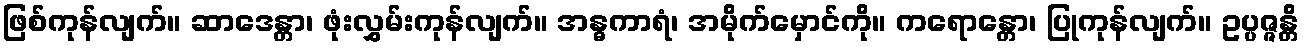
ဖြစ်ကုန်လျက်။ ဆာဒေန္တာ၊ ဖုံးလွှမ်းကုန်လျက်။ အန္ဓကာရံ၊ အမိုက်မှောင်ကို။ ကရောန္တော၊ ပြုကုန်လျက်။ ဥပ္ပဇ္ဇန္တိ